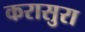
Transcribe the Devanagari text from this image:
करासुरा